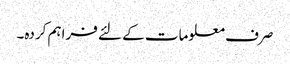
صرف معلومات کے لئے فراہم کردہ۔